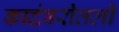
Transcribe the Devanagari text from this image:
कादंबरीतली